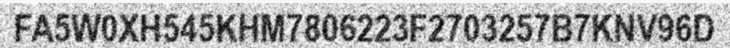
FA5W0XH545KHM7806223F2703257B7KNV96D